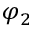
\varphi _ { 2 }